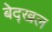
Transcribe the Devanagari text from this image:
बेद्खल